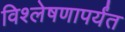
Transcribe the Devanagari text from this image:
विश्लेषणापर्यंत